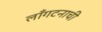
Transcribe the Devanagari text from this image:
लाँगटनाची